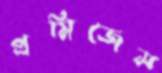
প্রমিজেস